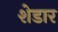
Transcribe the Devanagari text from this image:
शेडार